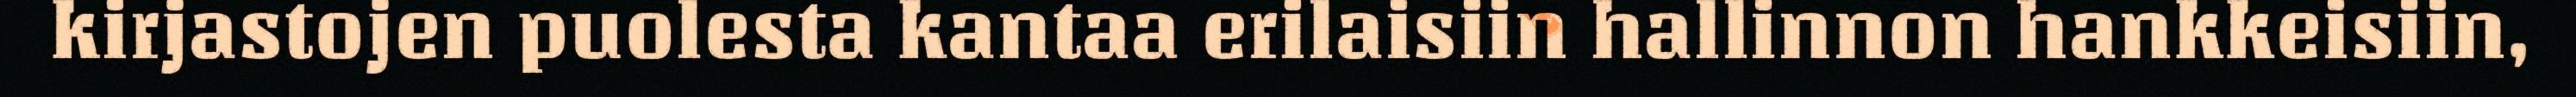
kirjastojen puolesta kantaa erilaisiin hallinnon hankkeisiin,